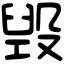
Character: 毁